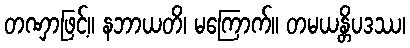
တဏှာဖြင့်။ နဘာယတိ၊ မကြောက်။ တမယန္တိပဒဿ၊